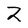
Character: 2